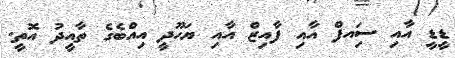
ޑީޑީ އާއި ސަިއފް އާއި ފާއިޒް އާއި ޔަހޫދީ އިއްބެގެ ތާއީދު އޮތީ.